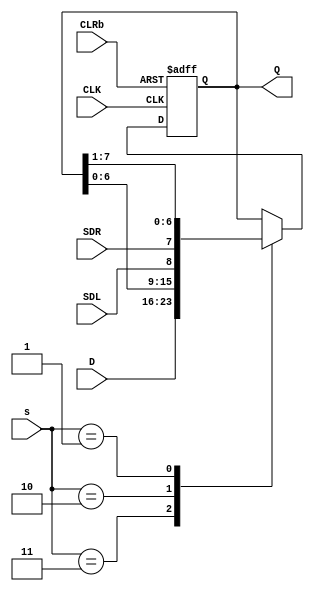
`timescale 1ns / 1ps

module shift_reg_8b(
		input CLRb,
		input [1:0] s,
		input CLK,
		input SDL,
		input SDR,
		input [7:0] D,
		output [7:0] Q
    );
	 
	 reg [7:0] O;
	 
	 always @(posedge CLK or negedge CLRb) begin
		if (!CLRb) begin
			O = 0;
		end
		else begin
			case(s)
				2'b11 : O = D;
				2'b10 : O = {O[6:0], SDL};
				2'b01 : O = {SDR, O[7:1]};
				default : O = O;
			endcase		
		end
	end

	assign Q = O;
endmodule